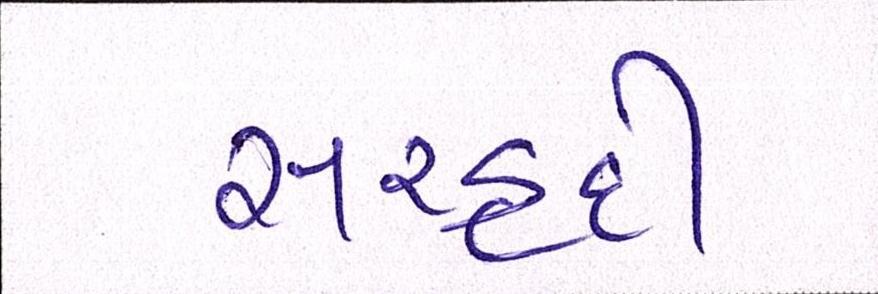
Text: સરહદી